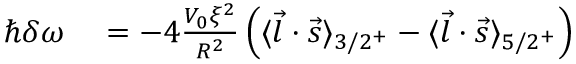
\begin{array} { r l } { \hbar \delta \omega } & { { } = - 4 \frac { V _ { 0 } \xi ^ { 2 } } { R ^ { 2 } } \left( \langle \vec { l } \cdot \vec { s } \rangle _ { 3 / 2 ^ { + } } - \langle \vec { l } \cdot \vec { s } \rangle _ { 5 / 2 ^ { + } } \right) } \end{array}